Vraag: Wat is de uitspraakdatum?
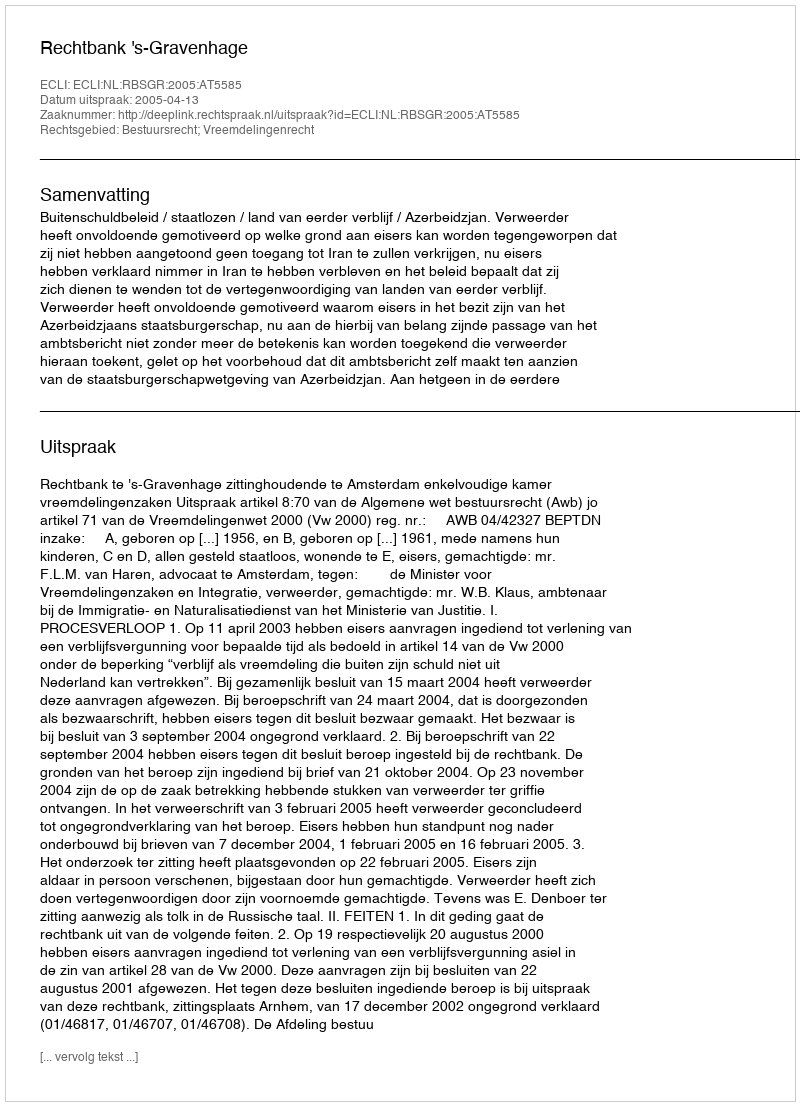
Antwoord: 2005-04-13